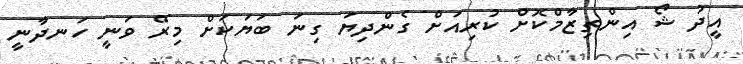
އީދު ޝޯ އިންތިޒާމްކޮށް ކުރިއަށް ގެންދިޔަ ގިނަ ބަަޔަކަށް މިރޭ ވަނީ ހަނދާނީ